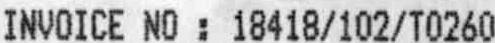
INVOICE NO : 18418/102/T0260